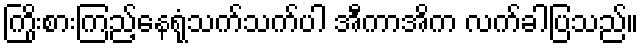
ကြိုးစားကြည့်နေရုံသက်သက်ပါ အီကာအိက လက်ခါပြသည်။